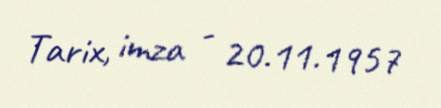
Tarix, imza - 20.11.1957